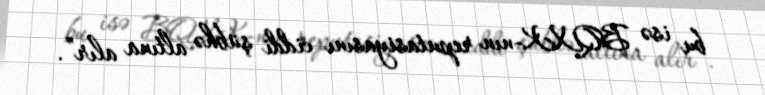
bu isə BQXK-nın reputasiyasını ciddi şübhə altına alır”.